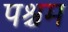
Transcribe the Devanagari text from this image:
पश्चम